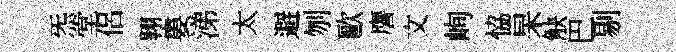
炁堂侶翱婁涕太避刎歐譍文峋恊杲觖巴剔